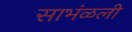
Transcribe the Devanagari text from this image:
साभंळली